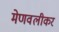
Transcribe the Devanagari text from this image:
मेणवलीकर